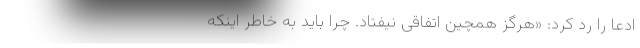
ادعا را رد کرد:‌ «هرگز همچین اتفاقی نیفتاد. چرا باید به خاطر اینکه